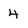
Character: 4